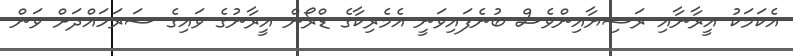
އެކަމަކު އީރާނާއި ރަޝިޔާއިންވެސް ބުނެފައިވަނީ އެމެރިކާގެ ޑްރޯން އީރާނުގެ ވައިގެ ސަރަހައްދަށް ވަން